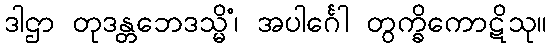
ဒါဌာ တုဒန္တဘေဒသ္မိံ၊ အပါင်္ဂေါ တွက္ခိကောဋိသု။